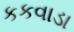
કકવાડા